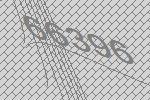
66396